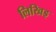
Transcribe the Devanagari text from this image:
लिखिइ